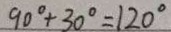
9 0 ^ { \circ } + 3 0 ^ { \circ } = 1 2 0 ^ { \circ }